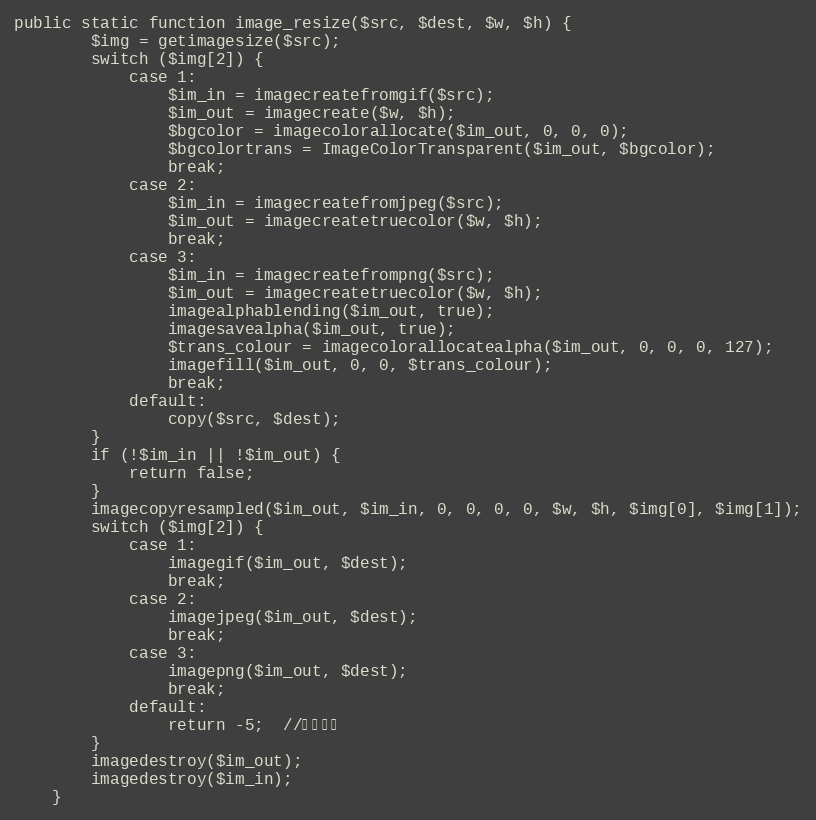
Language: PHP
public static function image_resize($src, $dest, $w, $h) {
        $img = getimagesize($src);
        switch ($img[2]) {
            case 1:
                $im_in = imagecreatefromgif($src);
                $im_out = imagecreate($w, $h);
                $bgcolor = imagecolorallocate($im_out, 0, 0, 0);
                $bgcolortrans = ImageColorTransparent($im_out, $bgcolor);
                break;
            case 2:
                $im_in = imagecreatefromjpeg($src);
                $im_out = imagecreatetruecolor($w, $h);
                break;
            case 3:
                $im_in = imagecreatefrompng($src);
                $im_out = imagecreatetruecolor($w, $h);
                imagealphablending($im_out, true);
                imagesavealpha($im_out, true);
                $trans_colour = imagecolorallocatealpha($im_out, 0, 0, 0, 127);
                imagefill($im_out, 0, 0, $trans_colour);
                break;
            default:
                copy($src, $dest);
        }
        if (!$im_in || !$im_out) {
            return false;
        }
        imagecopyresampled($im_out, $im_in, 0, 0, 0, 0, $w, $h, $img[0], $img[1]);
        switch ($img[2]) {
            case 1:
                imagegif($im_out, $dest);
                break;
            case 2:
                imagejpeg($im_out, $dest);
                break;
            case 3:
                imagepng($im_out, $dest);
                break;
            default:
                return -5;  //保存失败
        }
        imagedestroy($im_out);
        imagedestroy($im_in);
    }